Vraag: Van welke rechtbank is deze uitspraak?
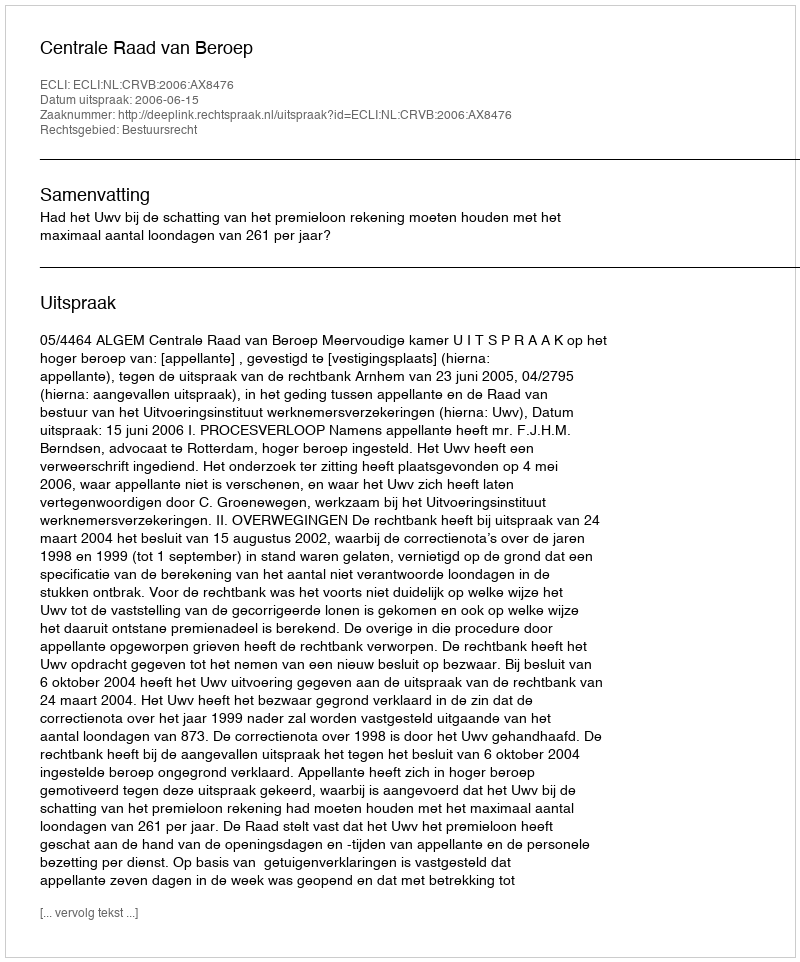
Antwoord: Centrale Raad van Beroep